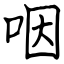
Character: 咽